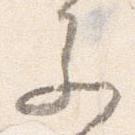
参